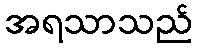
အရသာသည်